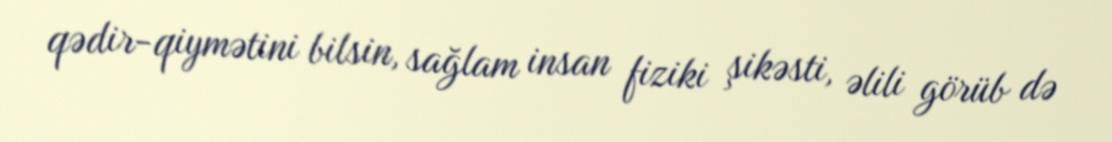
qədir-qiymətini bilsin, sağlam insan fiziki şikəsti, əlili görüb də